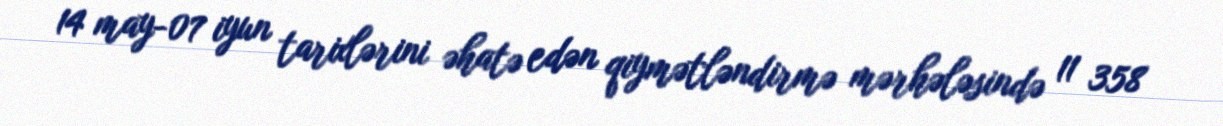
14 may-07 iyun tarixlərini əhatə edən qiymətləndirmə mərhələsində 11 358